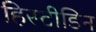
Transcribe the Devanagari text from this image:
हिस्टीडिन